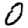
Digit: 0